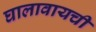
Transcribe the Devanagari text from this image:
घालावायची